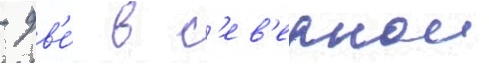
- дв'е́ в с'ев'ернои